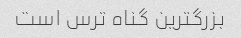
بزرگترین گناه ترس است